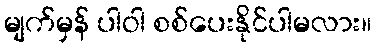
မျက်မှန် ပါဝါ စစ်ပေးနိုင်ပါမလား။